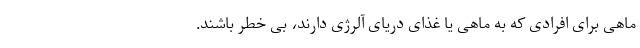
ماهی برای افرادی که به ماهی یا غذای دریای آلرژی دارند، بی خطر باشند.